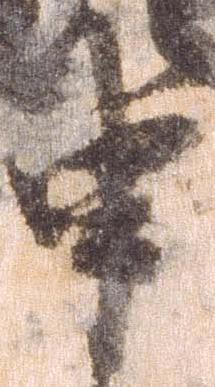
申